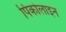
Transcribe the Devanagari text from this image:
पिकोलाइन